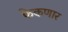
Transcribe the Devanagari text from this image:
फेकणार